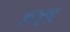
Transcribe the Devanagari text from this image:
झरत्रुष्ट्र